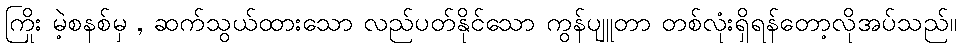
ကြိုး မဲ့စနစ်မှ , ဆက်သွယ်ထားသော လည်ပတ်နိုင်သော ကွန်ပျူတာ တစ်လုံးရှိရန်တော့လိုအပ်သည်။